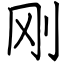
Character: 刚